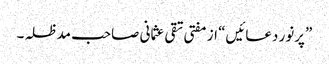
”پرنور دعائیں“ از مفتی تقی عثمانی صاحب مدظلہ۔